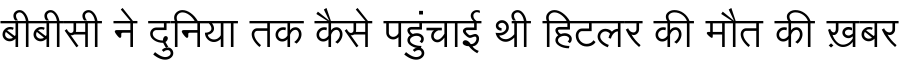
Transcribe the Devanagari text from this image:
बीबीसी ने दुनिया तक कैसे पहुंचाई थी हिटलर की मौत की ख़बर